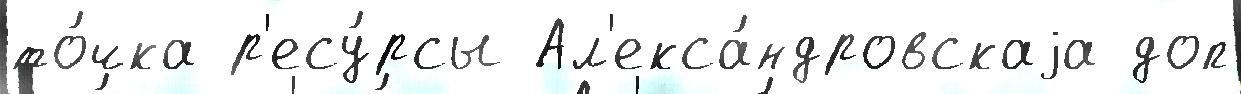
то́чка р'есу́рсы Ал'екса́ндровскаjа доп